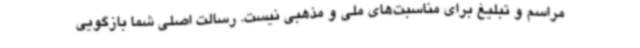
مراسم و تبلیغ برای مناسبت‌های ملی و مذهبی نیست. رسالت اصلی شما بازگویی